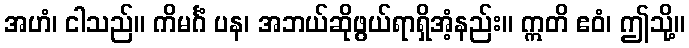
အဟံ၊ ငါသည်။ ကိမင်္ဂံ ပန၊ အဘယ်ဆိုဖွယ်ရာရှိအံ့နည်း။ ဣတိ ဧဝံ၊ ဤသို့။